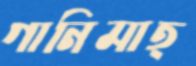
গানিমাত্